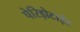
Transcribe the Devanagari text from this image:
पेरिड़ोटाईट